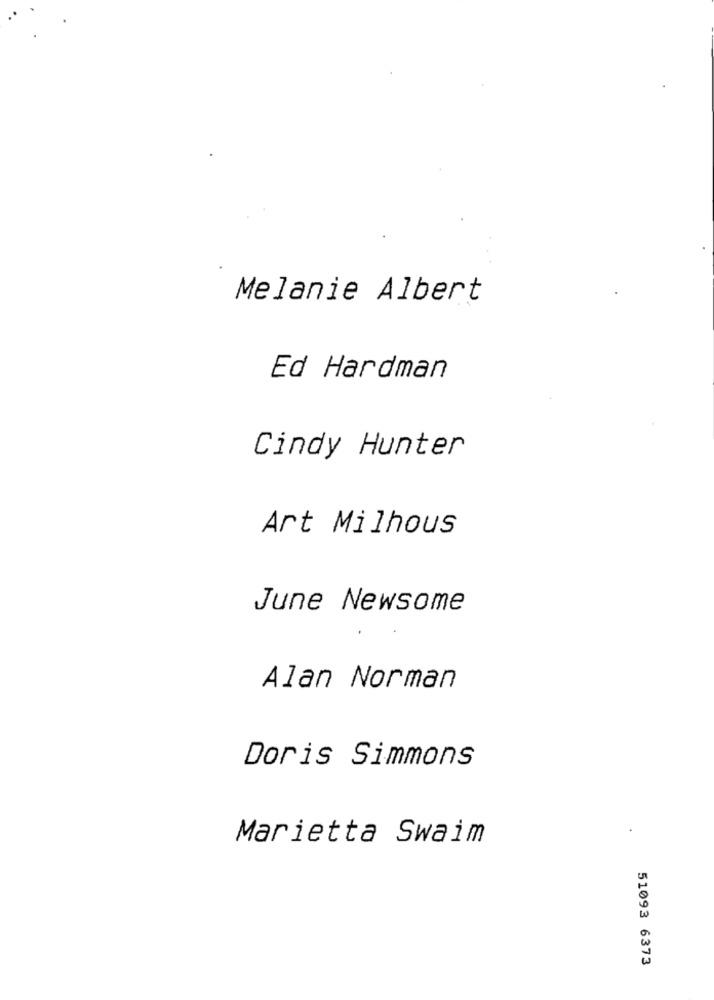
Melanie Albert
Ed Hardman
Cindy Hunter
Art Milhous
June Newsome
Alan Norman
Doris Simmons
Marietta Swaim
51093 6373